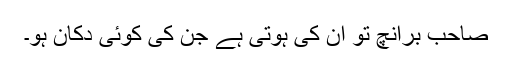
صاحب برانچ تو ان کی ہوتی ہے جن کی کوئی دکان ہو۔